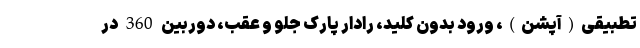
تطبیقی(آپشن)، ورود بدون کلید، رادار پارک جلو و عقب، دوربین 360 در